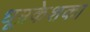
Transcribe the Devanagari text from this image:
धूम्रकेशका